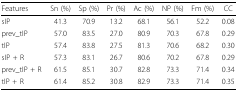
| Features | Sn (%) | Sp (%) | Pr (%) | Ac (%) | NP (%) | Fm (%) | CC |
 | --- | --- | --- | --- | --- | --- | --- | --- |
 | sIP | 41.3 | 70.9 | 13.2 | 68.1 | 56.1 | 52.2 | 0.08 |
 | prev_tIP | 57.0 | 83.5 | 27.0 | 80.9 | 70.3 | 67.8 | 0.29 |
 | tIP | 57.4 | 83.8 | 27.5 | 81.3 | 70.6 | 68.2 | 0.30 |
 | sIP + R | 57.3 | 83.1 | 26.7 | 80.6 | 70.2 | 67.8 | 0.29 |
 | prev_tIP + R | 61.5 | 85.1 | 30.7 | 82.8 | 73.3 | 71.4 | 0.34 |
 | tIP + R | 61.4 | 85.2 | 30.8 | 82.9 | 73.3 | 71.4 | 0.35 |